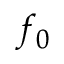
f _ { 0 }